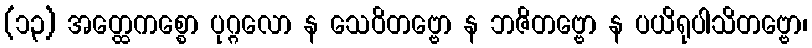
(၁၃) အတ္ထေကစ္စော ပုဂ္ဂလော န သေဝိတဗ္ဗော န ဘဇိတဗ္ဗော န ပယိရုပါသိတဗ္ဗော၊